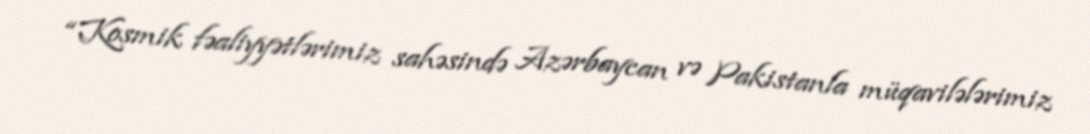
“Kosmik fəaliyyətlərimiz sahəsində Azərbaycan və Pakistanla müqavilələrimiz